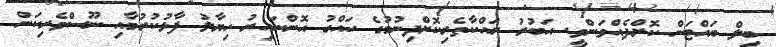
ބިލް ބައްޓަން ކޮށްދެއްވަންވީ. އަބުރު ރައްކާތެރިކޮށްދިނުމުގެ ހައްގު އޮންނައިރު ހިޔާލު ފާޅުކުރުމާއި ނޫސްވެރިކަން